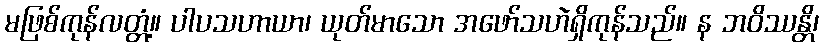
မဖြစ်ကုန်လတ္တံ့။ ပါပသဟာယာ၊ ယုတ်မာသော အဖော်သဟဲရှိကုန်သည်။ န ဘဝိဿန္တိ၊